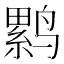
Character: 𲎃